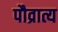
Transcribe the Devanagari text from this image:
पौव्रात्य